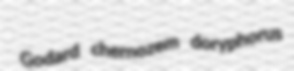
Godard chernozem doryphorus